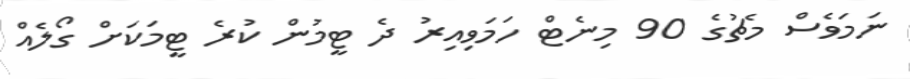
ނަމަވެސް މެޗުގެ 90 މިނެޓް ހަމަވިއިރު ދެ ޓީމުން ކުރެ ޓީމަކަށް ގޯލެއް